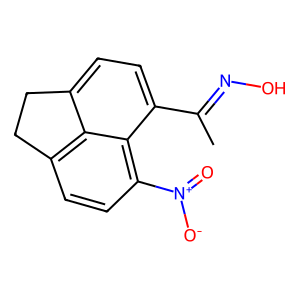
SMILES: CC(=NO)c1ccc2c3c(ccc([N+](=O)[O-])c13)CC2
Inhibits HIV replication: No